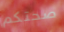
صحتكم